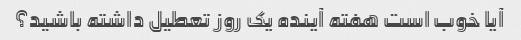
آیا خوب است هفته آینده یک روز تعطیل داشته باشید؟